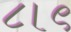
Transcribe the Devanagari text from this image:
८।९